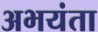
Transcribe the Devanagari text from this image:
अभयंता